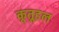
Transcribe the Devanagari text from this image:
कूतूहल